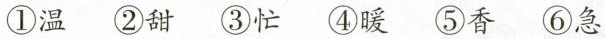
①温②甜③忙④暖⑤香⑥急